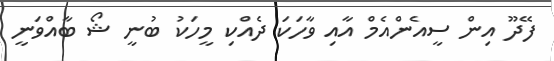
ފޭދޫ އިން ސީއެންއެމް އާއި ވާހަކަ ދެއްކި މީހަކު ބުނީ ޝޯ ބާއްވަނީ